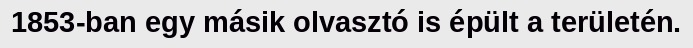
1853-ban egy másik olvasztó is épült a területén.